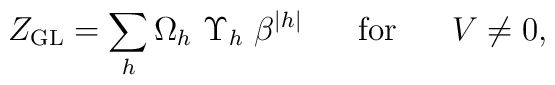
Z_{\rm GL}=\sum_h \Omega_h~\Upsilon_h~\beta^{|h|} \;\;\;\;\;\;{\rm for}\;\;\;\;\;\;V \neq 0,